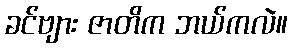
ခင်ဗျား ဇာတိက ဘယ်ကလဲ။